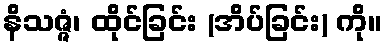
နိသဇ္ဇံ၊ ထိုင်ခြင်း (အိပ်ခြင်း) ကို။